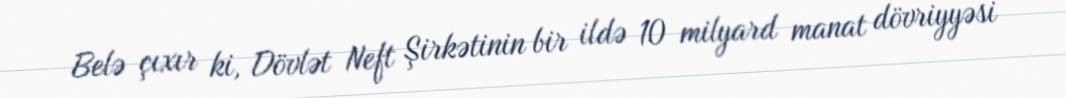
Belə çıxır ki, Dövlət Neft Şirkətinin bir ildə 10 milyard manat dövriyyəsi